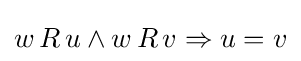
w\,R\,u\land w\,R\,v\Rightarrow u=v